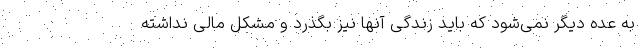
به عده دیگر نمی‌شود که باید زندگی آنها نیز بگذرد و مشکل مالی نداشته